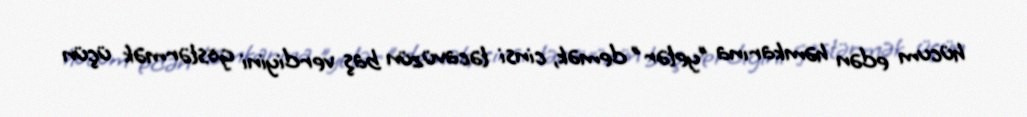
hücum edən həmkarına "yetər" demək, cinsi təcavüzün baş verdiyini göstərmək üçün